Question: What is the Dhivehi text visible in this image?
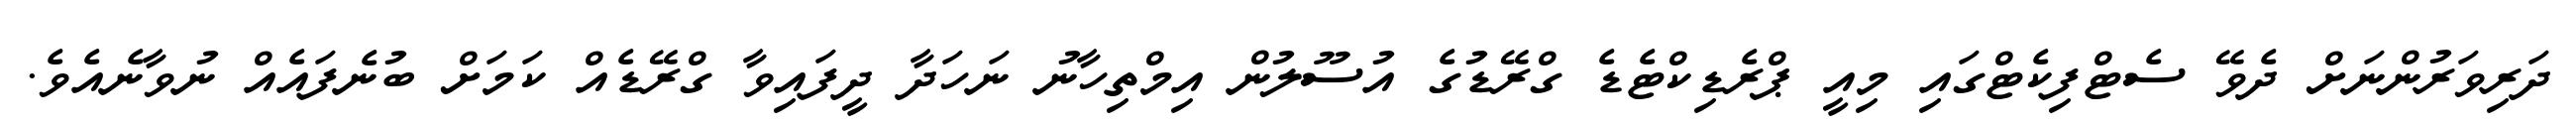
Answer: ދަރިވަރުންނަށް ދެވޭ ސެޓްފިކެޓްގައި މިއީ ޕްރެޑިކްޓެޑެ ގްރޭޑުގެ އުސޫލުން އިމްތިހާނު ނަހަދާ ދީފައިވާ ގްރޭޑެއް ކަމަށް ބުނެފައެއް ނުވާނެއެވެ.